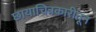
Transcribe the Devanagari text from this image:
छायाचित्रकारीतून